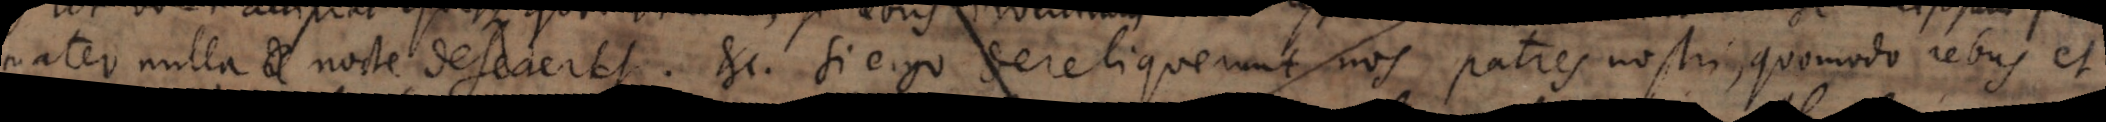
mater nulla nocte desereret. etc. Si ergo dereliquerunt nos patres nostri, quomodo rebus et